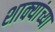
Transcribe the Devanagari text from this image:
शाक्यांच्या